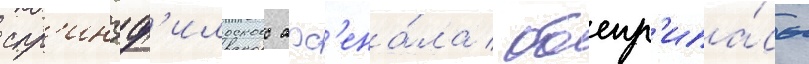
спр'ингф'илдского арс'ена́ла / боепр'ипа́сы